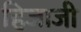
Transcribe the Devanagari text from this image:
हिजाजी